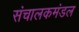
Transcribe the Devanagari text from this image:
संचालकमंडल